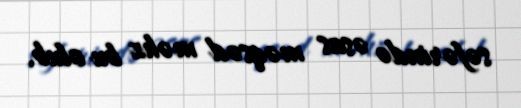
səfərində əsas məqsəd məhz bu olub.